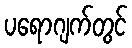
ပရောဂျက်တွင်